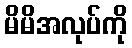
မိမိအလုပ်ကို